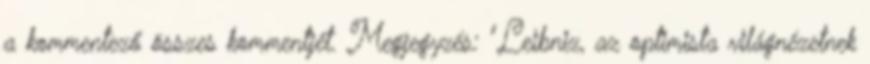
a kommentező összes kommentjét. Megjegyzés: "Leibniz, az optimista világnézetnek